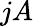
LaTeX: jA